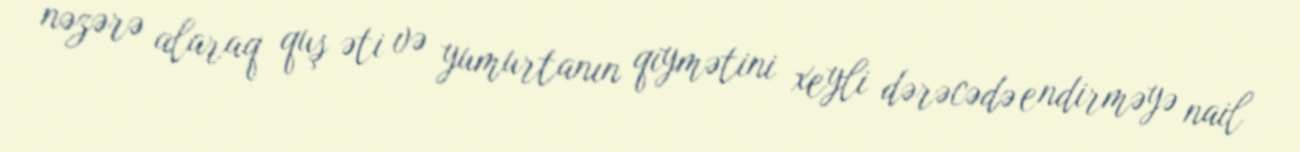
nəzərə alaraq quş əti və yumurtanın qiymətini xeyli dərəcədə endirməyə nail